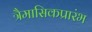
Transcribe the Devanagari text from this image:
त्रैमासिकप्रारंभ